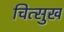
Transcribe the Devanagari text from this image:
चित्सुख